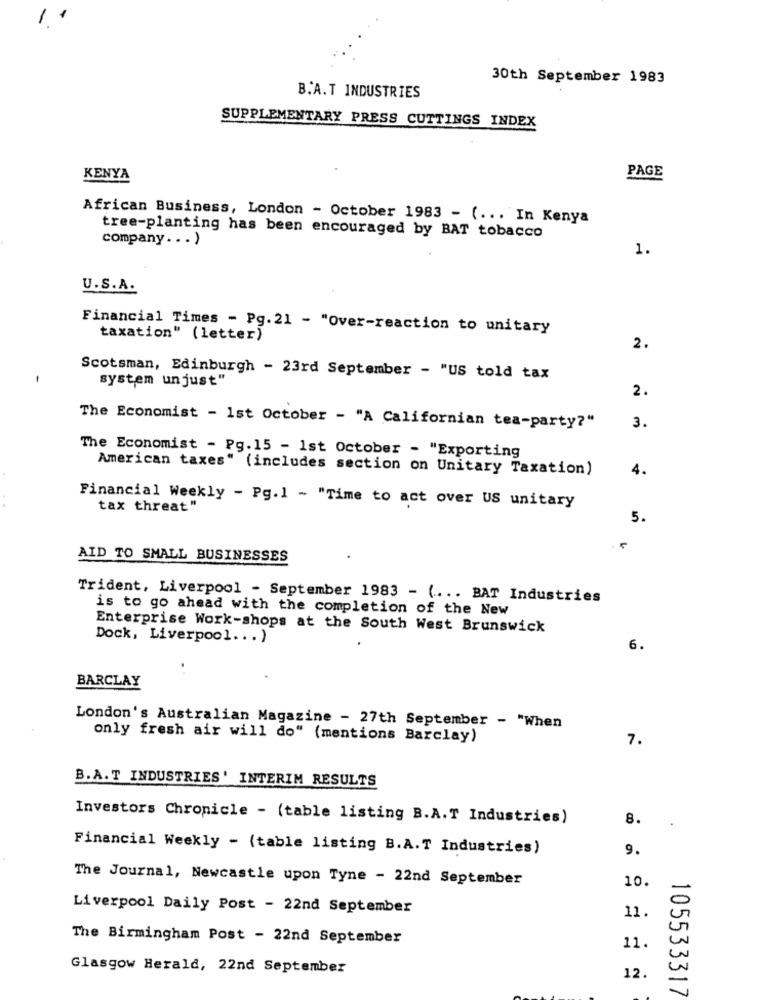
30th September 1983
B.A.T INDUSTRIES
SUPPLEMENTARY PRESS CUTTINGS INDEX
PAGE
KENYA
African Business, London - October 1983 - ( ... In Kenya
tree-planting has been encouraged by BAT tobacco
company ... )
1.
U.S.A.
Financial Times - Pg.21 - "Over-reaction to unitary
taxation" (letter)
2.
Scotsman, Edinburgh - 23rd September - "US told tax
system unjust"
2.
The Economist - 1st October - "A Californian tea-party?"
3.
The Economist - Pg. 15 - 1st October - "Exporting
American taxes" (includes section on Unitary Taxation)
4.
Financial Weekly - Pg.1 - "Time to act over US unitary
tax threat"
5.
AID TO SMALL BUSINESSES
Trident, Liverpool - September 1983 - ( ... BAT Industries
is to go ahead with the completion of the New
Enterprise Work-shops at the South West Brunswick
Dock, Liverpool ... )
6.
. .
BARCLAY
London's Australian Magazine - 27th September - "When
only fresh air will do" (mentions Barclay)
7.
B.A.T INDUSTRIES' INTERIM RESULTS
Investors Chronicle - (table listing B.A.T Industries)
8.
Financial Weekly - (table listing B.A.T Industries)
9.
The Journal, Newcastle upon Tyne - 22nd September
10.
Liverpool Daily Post - 22nd September
11.
The Birmingham Post - 22nd September
11.
Glasgow Herald, 22nd September
12.
105533317